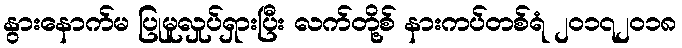
နွားနောက်မ ပြုမူလှုပ်ရှားပြီး လက်တို့စ် နားကပ်တစ်ရံ ၂၀၁၇၂၀၁၈